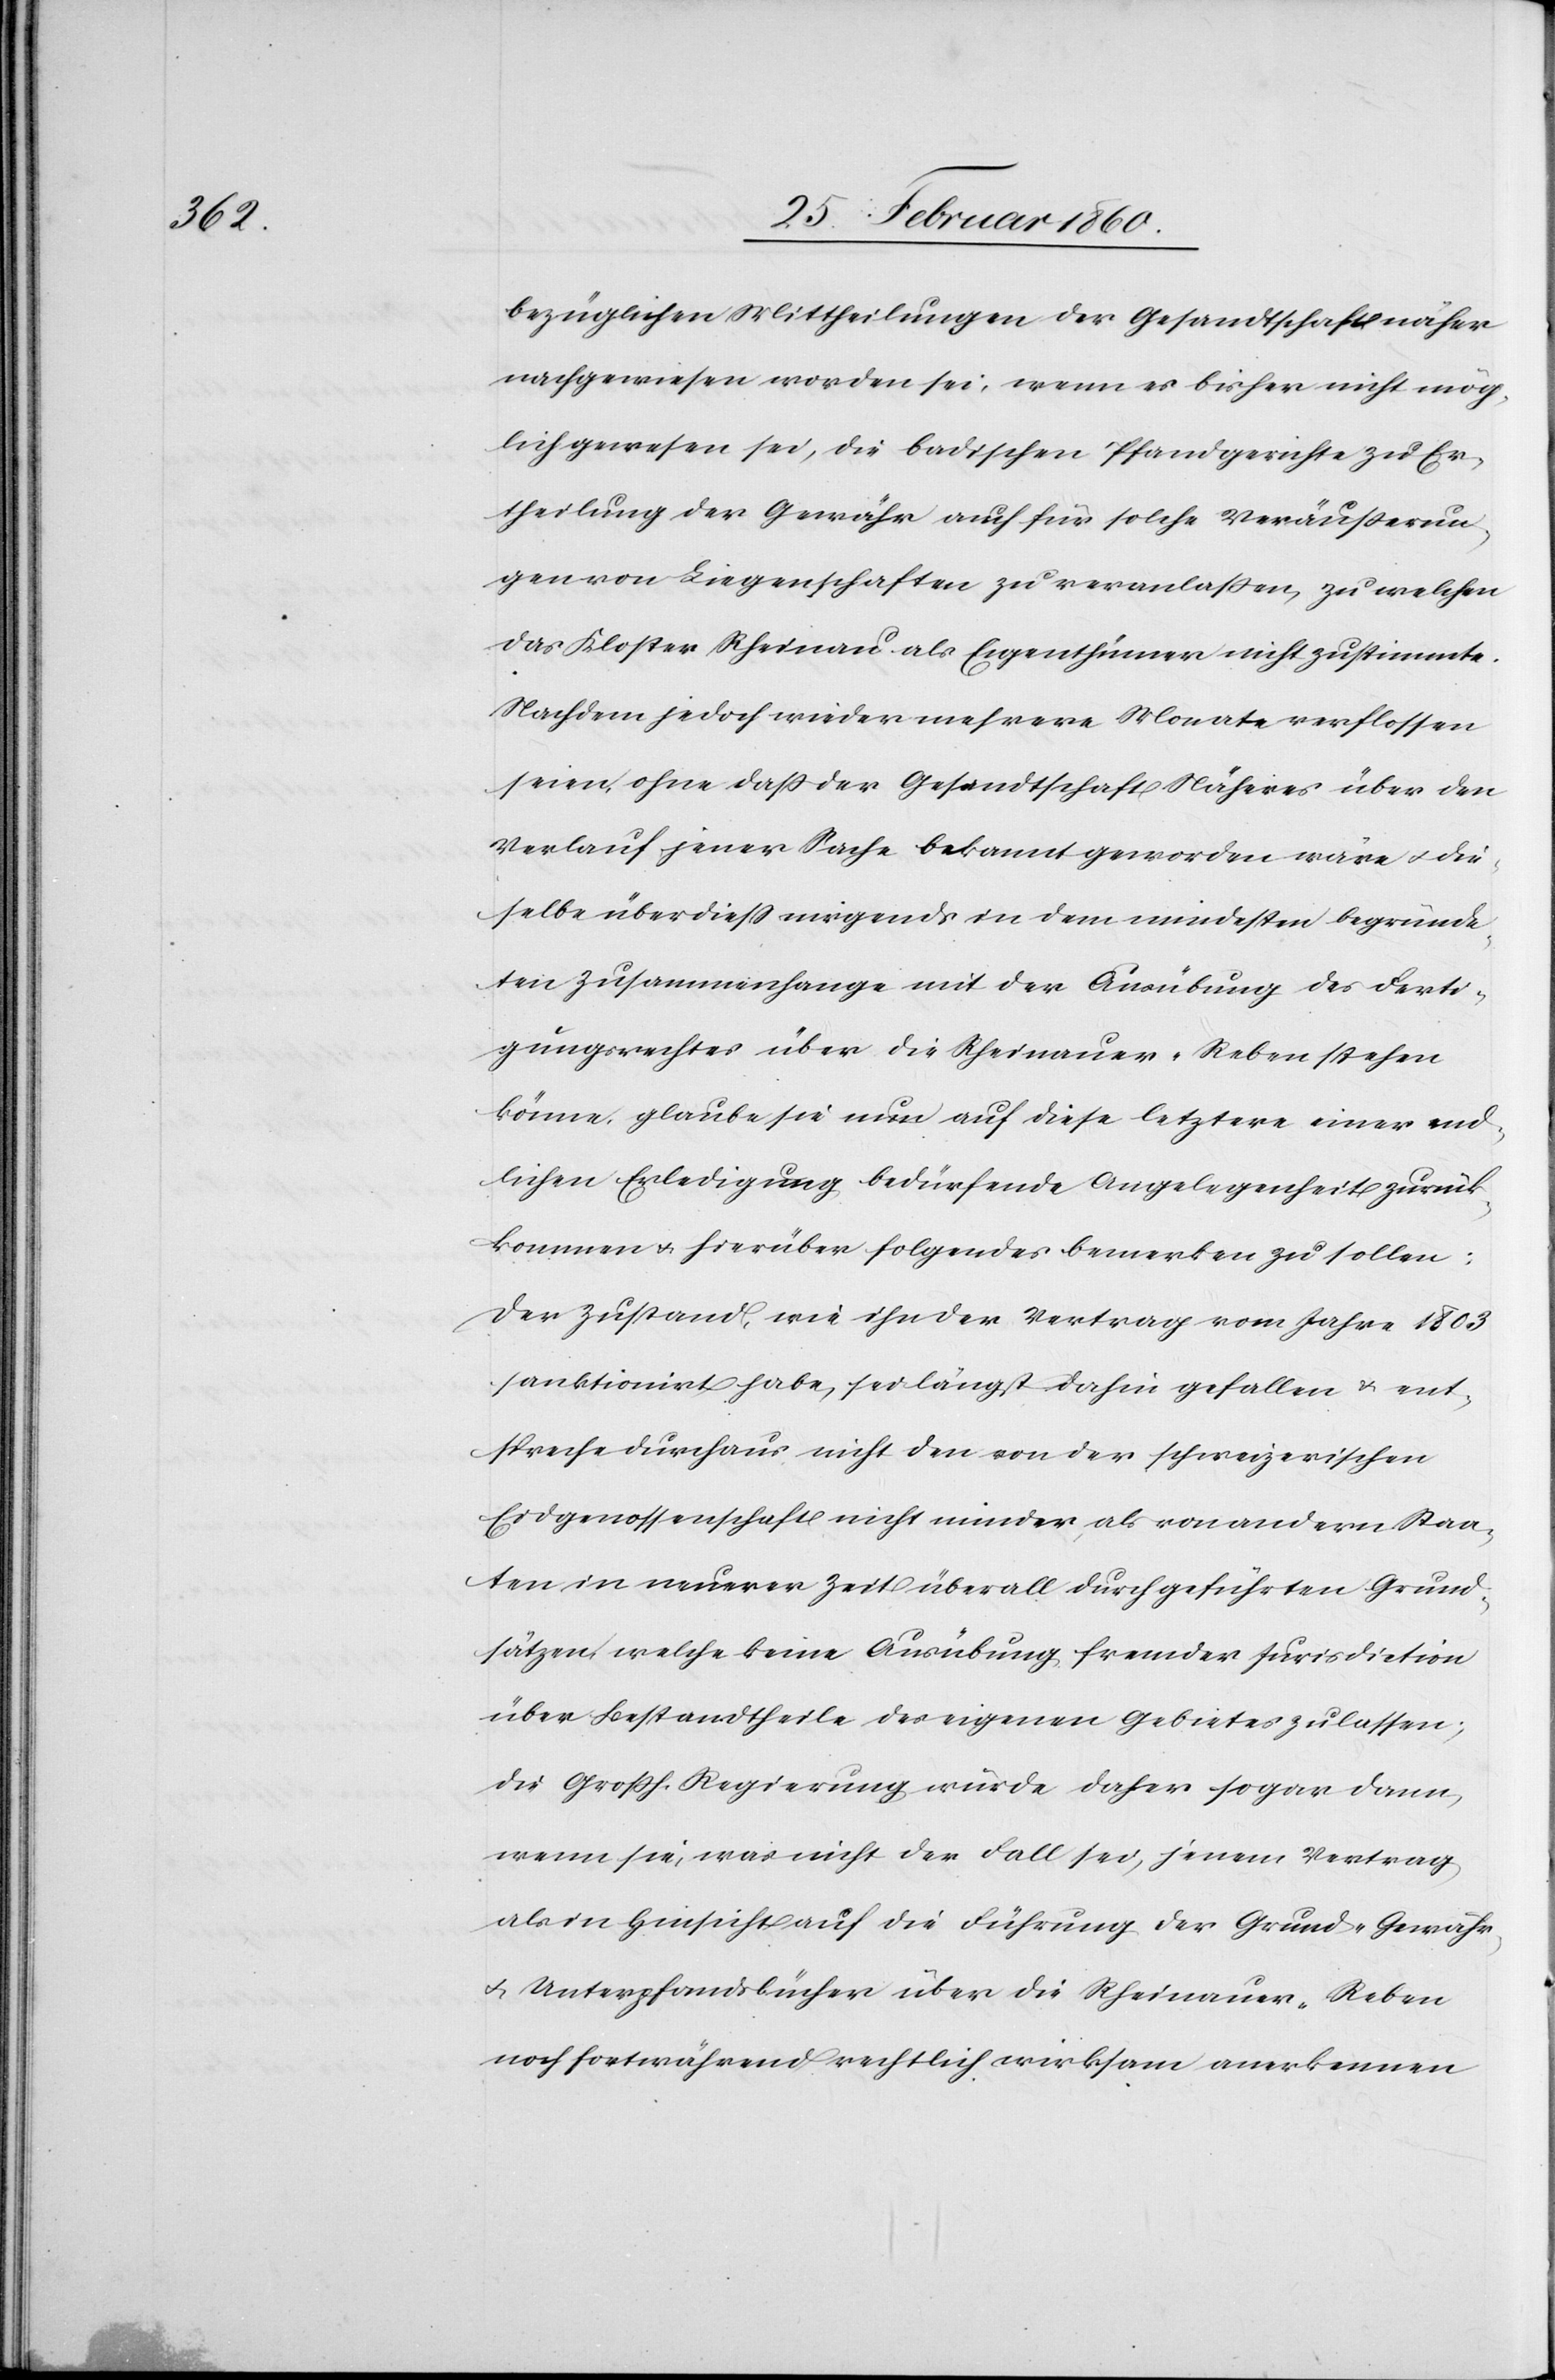
bezüglichen Mittheilungen der Gesandtschaft näher
nachgewiesen worden sei, wenn es bisher nicht mög¬
lich gewesen sei, die badischen Pfandgerichte zu Er¬
theilung der Gewähr auch für solche Veräusserun¬
gen von Liegenschaften zu veranlassen, zu welchen
das Kloster Rheinau als Eigenthümer nicht zustimmte.
Nachdem jedoch wieder mehrere Monate verflossen
seien, ohne dass der Gesandtschaft Näheres über den
Verlauf jener Sache bekannt geworden wäre u. die¬
selbe überdiess nirgends in dem mindesten begründe¬
ten Zusammenhange mit der Ausübung des Ferti¬
gungsrechtes über die Rheinauer-Reben stehen
könne, glaube sie nur auf diese letztere einer end¬
lichen Erledigung bedürfende Angelegenheit zurück¬
kommen u. hierüber folgendes bemerken zu sollen:
Der Zustand, wie ihn der Vertrag vom Jahre 1803
sanktionirt habe, sei längst dahin gefallen u. ent¬
spreche durchaus nicht den von der schweizerischen
Eidgenossenschaft nicht minder, als von andern Staa¬
ten in neuerer Zeit überall durchgeführten Grund¬
sätzen, welche keine Ausübung fremder Jurisdiction
über Bestandtheile des eigenen Gebietes zulassen,
die Grossh. Regierung würde daher sogar dann,
wenn sie, was nicht der Fall sei, jenem Vertrag
als in Hinsicht auf die Führung der Grund- Gewähr-
u. Unterpfandsbücher über die Rheinauer-Reben
noch fortwährend rechtlich wirksam anerkennen